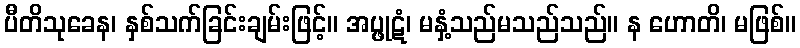
ပီတိသုခေန၊ နှစ်သက်ခြင်းချမ်းဖြင့်။ အပ္ဖုဋံ၊ မနှံ့သည်မသည်သည်။ န ဟောတိ၊ မဖြစ်။